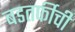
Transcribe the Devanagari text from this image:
बडतर्फीची